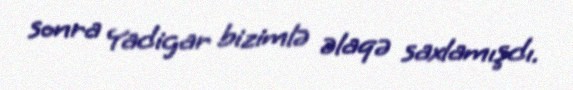
sonra Yadigar bizimlə əlaqə saxlamışdı.